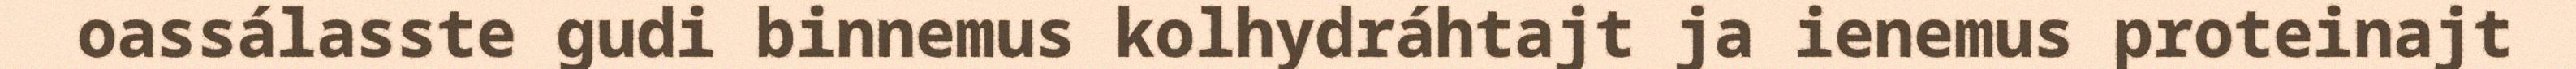
oassálasste gudi binnemus kolhydráhtajt ja ienemus proteinajt